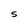
Character: 5